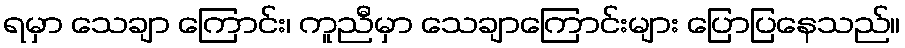
ရမှာ သေချာ ကြောင်း၊ ကူညီမှာ သေချာကြောင်းများ ပြောပြနေသည်။